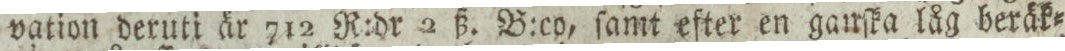
vation deruti är 712 R:dr 2 ß. B:co, ſamt efter en ganſka låg beräk=